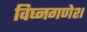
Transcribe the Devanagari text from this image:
विघ्नगणेश